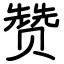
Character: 赞